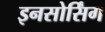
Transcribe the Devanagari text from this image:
इनसोर्सिंग